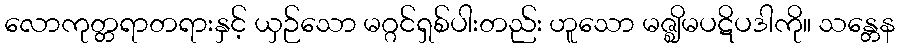
လောကုတ္တရာတရားနှင့် ယှဉ်သော မဂ္ဂင်ရှစ်ပါးတည်း ဟူသော မဇ္ဈိမပဋိပဒါကို။ သန္တေန